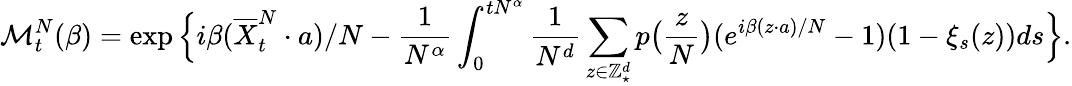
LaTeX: {\mathcal M}_{t}^{N}(\beta)=\exp\Big\{ i\beta(\overline{{X}}_{t}^{N}\cdot a)/N-\frac{1}{N^{\alpha}}\int_{0}^{tN^{\alpha}}\frac{1}{N^{d}}\sum_{z\in\mathbb Z_{\star}^{d}}p\big(\frac{z}{N}\big)(e^{i\beta(z\cdot a)/N}-1)(1-\xi_{s}(z))ds\Big\} .